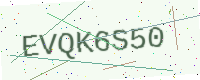
Text: EVQK6S50